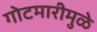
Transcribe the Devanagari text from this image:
गोटमारीमुळे